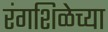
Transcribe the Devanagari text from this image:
रंगशिळेच्या